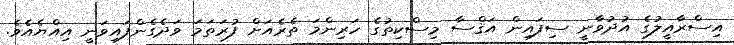
އިސްރާއީލުގެ އުދުވާނީ ސިފައިން އަޤްސާ މިސްކިތުގެ ހަރިންމަ ތެރެއަށް ފުރަތަމަ ވަދެގެންފައިވަނީ އިއްޔެއެވެ.